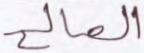
الصالح